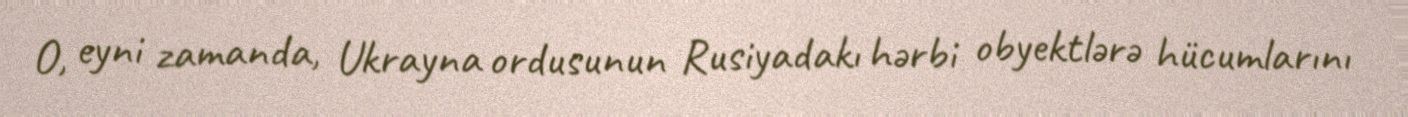
O, eyni zamanda, Ukrayna ordusunun Rusiyadakı hərbi obyektlərə hücumlarını